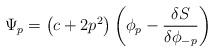
LaTeX: \begin{align*}\Psi _{p}=\left( c+2p^{2}\right) \left( \phi _{p}-\frac{\delta S}{\delta\phi _{-p}}\right)\end{align*}